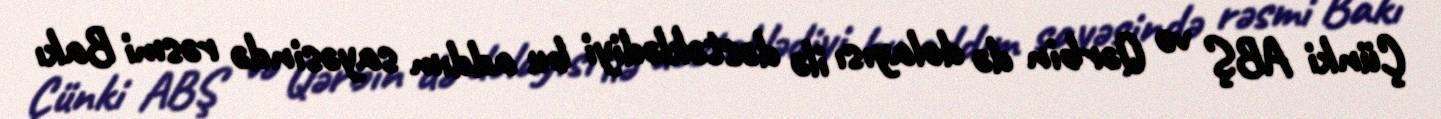
Çünki ABŞ və Qərbin də dolayısı ilə dəstəklədiyi bu addım sayəsində rəsmi Bakı